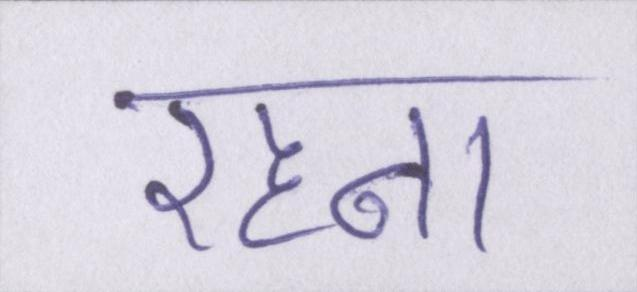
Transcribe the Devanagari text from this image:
रहना